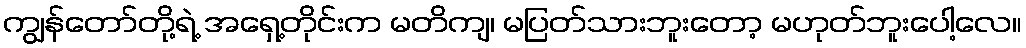
ကျွန်တော်တို့ရဲ့ အရှေ့တိုင်းက မတိကျ၊ မပြတ်သားဘူးတော့ မဟုတ်ဘူးပေါ့လေ။